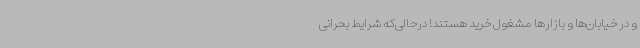
و در خیابان‌ها و بازارها مشغول خرید هستند! درحالی‌که شرایط بحرانی